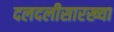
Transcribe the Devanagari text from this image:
दलदलीसारख्या